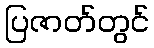
ပြဇာတ်တွင်